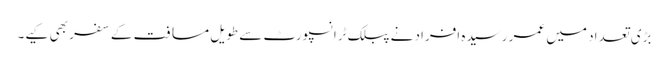
بڑی تعداد میں عمر رسیدہ افراد نے پبلک ٹرانسپورٹ سے طویل مسافت کے سفر بھی کیے۔